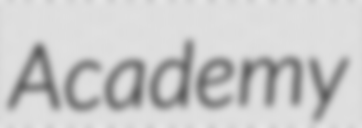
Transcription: Academy